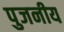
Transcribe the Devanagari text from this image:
पुजनीय